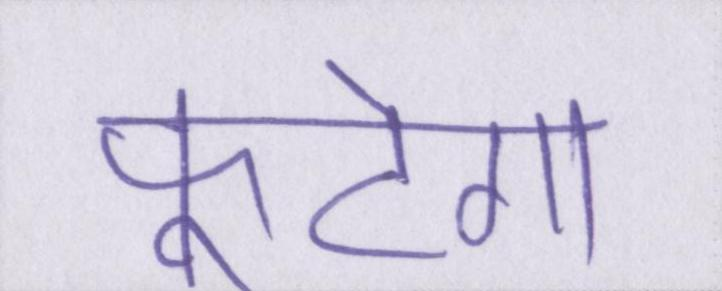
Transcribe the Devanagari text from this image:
फूटेगा